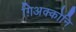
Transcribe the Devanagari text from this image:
ग़िअक्कोनि